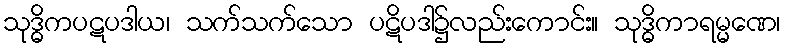
သုဒ္ဓိကပဋပဒါယ၊ သက်သက်သော ပဋိပဒါ၌လည်းကောင်း။ သုဒ္ဓိကာရမ္မဏေ၊